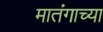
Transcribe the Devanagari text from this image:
मातंगाच्या